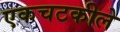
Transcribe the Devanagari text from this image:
एकचटकीले